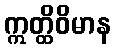
ဣတ္ထိဝိမာန